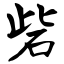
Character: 砦